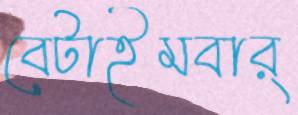
বেটাইমবার্